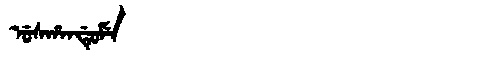
Manchu: ᡠᠰᡥᠠᠨᡩᡠᠮᡝ
Romanization: USHANDUME